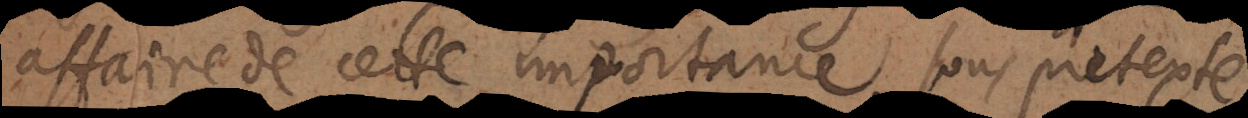
affaire de cette importance, sous pretexte